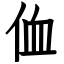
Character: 侐